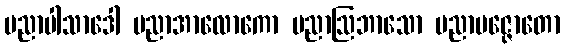
ပညာပါသာဒေါ ပညာအာလောကော ပညာဩဘာသော ပညာပဇ္ဇောတော